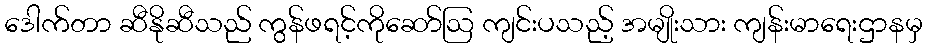
ဒေါက်တာ ဆီနိုဆီသည် ကွန်ဖရင့်ကိုဆော်ဩ ကျင်းပသည့် အမျိုးသား ကျန်းမာရေးဌာနမှ